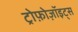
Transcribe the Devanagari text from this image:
ट्रोफ़ोज़ॉइट्स